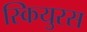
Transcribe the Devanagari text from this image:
स्कियुरस